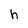
Character: h